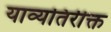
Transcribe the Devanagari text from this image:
याव्यतिरीक्त